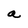
Character: a